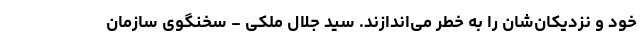
خود و نزدیکان‌شان را به خطر می‌اندازند. سید جلال ملکی - سخنگوی سازمان